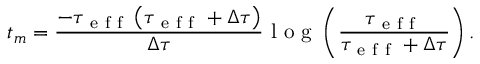
t _ { m } = \frac { - \tau _ { \mathrm { ~ e ~ f ~ f ~ } } \left( \tau _ { \mathrm { ~ e ~ f ~ f ~ } } + \Delta \tau \right) } { \Delta \tau } \mathrm { ~ l ~ o ~ g ~ } \left( \frac { \tau _ { \mathrm { ~ e ~ f ~ f ~ } } } { \tau _ { \mathrm { ~ e ~ f ~ f ~ } } + \Delta \tau } \right) .